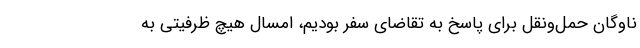
ناوگان حمل‌ونقل برای پاسخ به تقاضای سفر بودیم، امسال هیچ ظرفیتی به